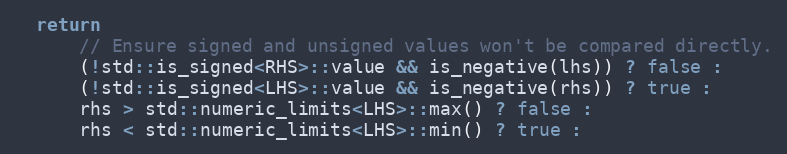
Language: C
  return
      // Ensure signed and unsigned values won't be compared directly.
      (!std::is_signed<RHS>::value && is_negative(lhs)) ? false :
      (!std::is_signed<LHS>::value && is_negative(rhs)) ? true :
      rhs > std::numeric_limits<LHS>::max() ? false :
      rhs < std::numeric_limits<LHS>::min() ? true :